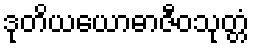
ဒုတိယယောဓာဇီဝသုတ္တံ